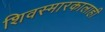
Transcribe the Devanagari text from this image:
शिवस्मारकालाही